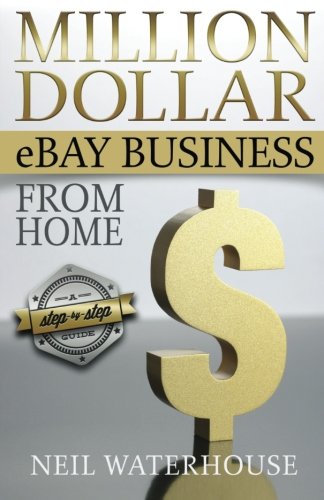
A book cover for Million Dollar Ebay Business From Home - A Step By Step Guide: Million Dollar Ebay Business From Home - A Step By Step Guide; Neil Waterhouse; Computers & Technology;